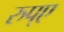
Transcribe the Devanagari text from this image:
रुप्ए